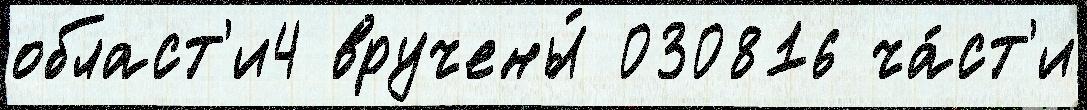
област'и4 вручены́ 030816 ча́ст'и